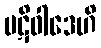
ပဋိဝါဒေဟိ